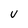
Character: V